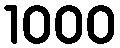
1000